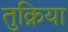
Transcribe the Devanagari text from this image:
तुक्रिया